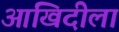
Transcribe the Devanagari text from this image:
आखिदीला